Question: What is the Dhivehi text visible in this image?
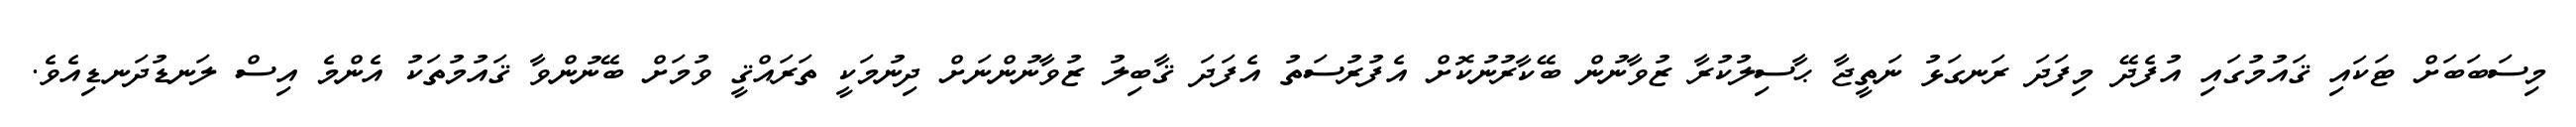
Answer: މިސަބަބަށް ޓަކައި ޤައުމުގައި އުފެދޭ މިފަދަ ރަނގަޅު ނަތީޖާ ޙާސިލުކުރާ ޒުވާނުން ބޭކާރުނުކޮށް އެފުރުސަތު އެފަދަ ޤާބިލު ޒުވާނުންނަށް ދިނުމަކީ ތަރައްޤީ ވުމަށް ބޭނުންވާ ޤައުމުތަކު އެންމެ އިސް ލަނޑުދަނޑިއެވެ.